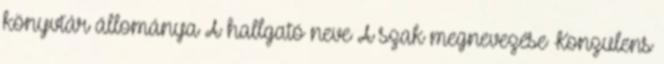
könyvtár állománya A hallgató neve A szak megnevezése Konzulens